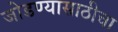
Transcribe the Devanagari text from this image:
जोडण्यासाठीचा